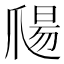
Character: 𱭀